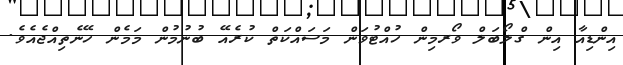
އިންޑިއާ އިން ގްލޯބަލް ވޯރމިން ހުއްޓުވަން މަސައްކަތް ކުރެއޭ ބުނުމުން މަމެން ހޭނެތިއްޖެއެވެ.